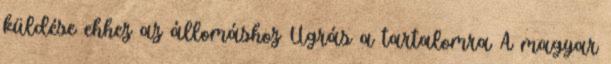
küldése ehhez az állomáshoz Ugrás a tartalomra A magyar